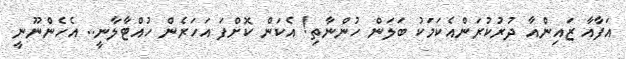
އަފާއާ ޒައިންއާ ދުރުކުރަންއެކަމަކު ބަލަން ހުންނާތި! އެކަން ކޮށްފަ އަހަރެން ހުއްޓާލާނީ.. އެހެންނޫނީ